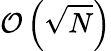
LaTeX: \mathcal{O}\left(\sqrt{N}\right)